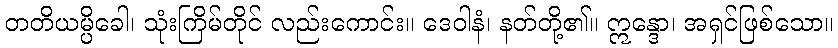
တတိယမ္ပိခေါ၊ သုံးကြိမ်တိုင် လည်းကောင်း။ ဒေဝါနံ၊ နတ်တို့၏။ ဣန္ဒော၊ အရှင်ဖြစ်သော။